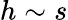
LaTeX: h\sim s